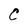
Character: C